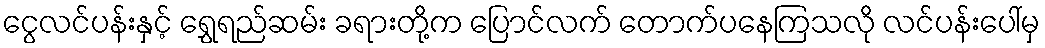
ငွေလင်ပန်းနှင့် ရွှေရည်ဆမ်း ခရားတို့က ပြောင်လက် တောက်ပနေကြသလို လင်ပန်းပေါ်မှ